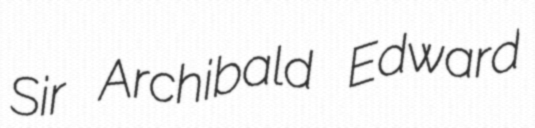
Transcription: Sir Archibald Edward